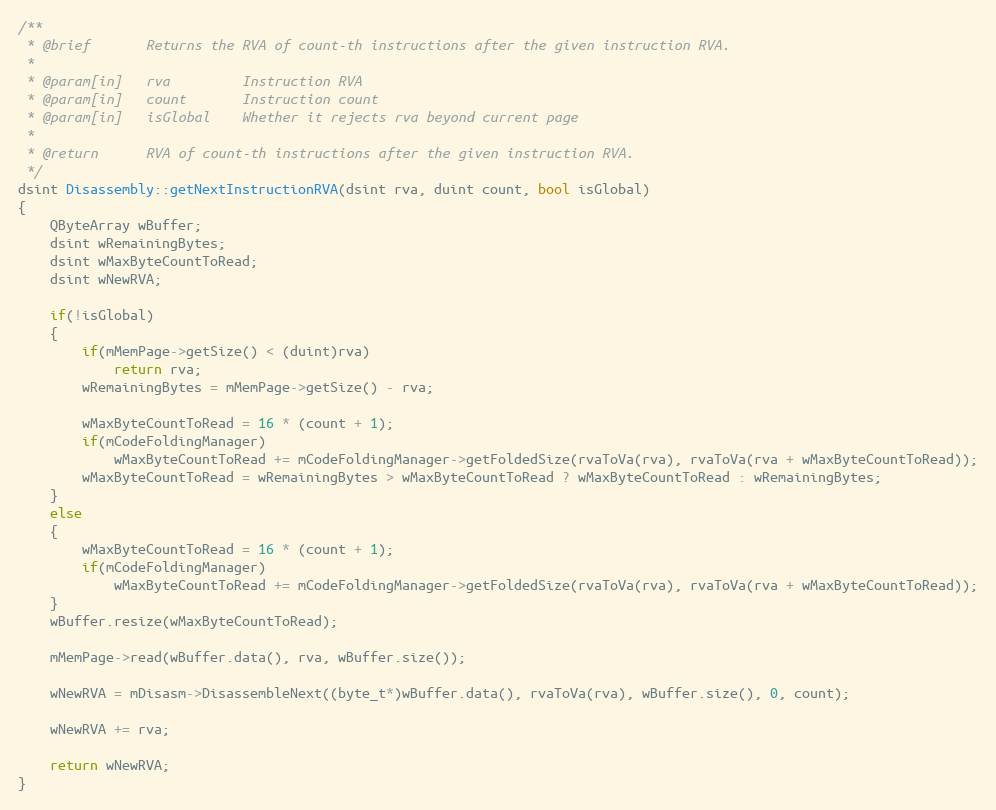
Language: C++
/**
 * @brief       Returns the RVA of count-th instructions after the given instruction RVA.
 *
 * @param[in]   rva         Instruction RVA
 * @param[in]   count       Instruction count
 * @param[in]   isGlobal    Whether it rejects rva beyond current page
 *
 * @return      RVA of count-th instructions after the given instruction RVA.
 */
dsint Disassembly::getNextInstructionRVA(dsint rva, duint count, bool isGlobal)
{
    QByteArray wBuffer;
    dsint wRemainingBytes;
    dsint wMaxByteCountToRead;
    dsint wNewRVA;

    if(!isGlobal)
    {
        if(mMemPage->getSize() < (duint)rva)
            return rva;
        wRemainingBytes = mMemPage->getSize() - rva;

        wMaxByteCountToRead = 16 * (count + 1);
        if(mCodeFoldingManager)
            wMaxByteCountToRead += mCodeFoldingManager->getFoldedSize(rvaToVa(rva), rvaToVa(rva + wMaxByteCountToRead));
        wMaxByteCountToRead = wRemainingBytes > wMaxByteCountToRead ? wMaxByteCountToRead : wRemainingBytes;
    }
    else
    {
        wMaxByteCountToRead = 16 * (count + 1);
        if(mCodeFoldingManager)
            wMaxByteCountToRead += mCodeFoldingManager->getFoldedSize(rvaToVa(rva), rvaToVa(rva + wMaxByteCountToRead));
    }
    wBuffer.resize(wMaxByteCountToRead);

    mMemPage->read(wBuffer.data(), rva, wBuffer.size());

    wNewRVA = mDisasm->DisassembleNext((byte_t*)wBuffer.data(), rvaToVa(rva), wBuffer.size(), 0, count);

    wNewRVA += rva;

    return wNewRVA;
}